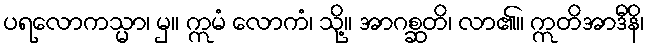
ပရလောကသ္မာ၊ မှ။ ဣမံ လောကံ၊ သို့။ အာဂစ္ဆတိ၊ လာ၏။ ဣတိအာဒီနိ၊